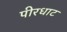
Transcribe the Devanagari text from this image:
पीरधाट